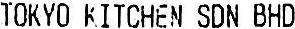
TOKYO KITCHEN SDN BHD